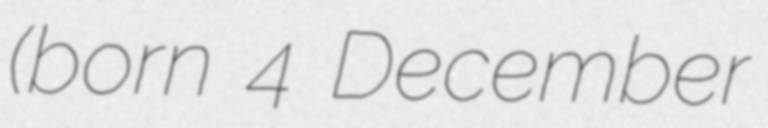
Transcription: (born 4 December